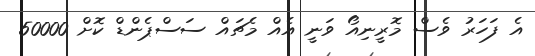
އެ ފަހަރު ވެސް މޮރީނިއޯ ވަނީ އެއް މެޗައް ސަސްޕެންޑް ކޮށް 50000